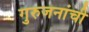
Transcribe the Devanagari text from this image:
गुरुजनांची